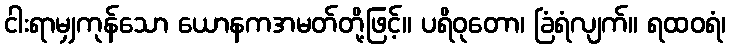
ငါးရာမျှကုန်သော ယောနကအမတ်တို့ဖြင့်။ ပရိဝုတော၊ ခြံရံလျက်။ ရထဝရံ၊